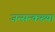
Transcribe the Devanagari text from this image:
जन्सन्कख्या